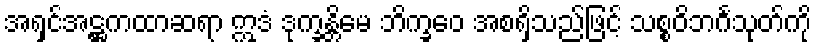
အရှင်အဋ္ဌကထာဆရာ ဣဒံ ဒုက္ခန္တိမေ ဘိက္ခဝေ အစရှိသည်ဖြင့် သစ္စဝိဘင်္ဂသုတ်ကို